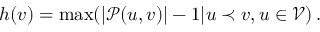
h ( v ) = \operatorname* { m a x } ( | \mathcal { P } ( u , v ) | - 1 | u \prec v , u \in \mathcal { V } ) \, .